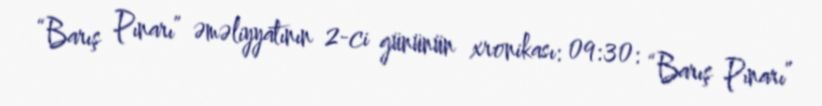
“Barış Pınarı” əməliyyatının 2-ci gününün xronikası: 09:30: “Barış Pınarı”